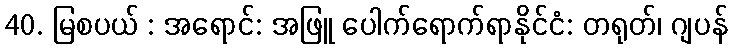
40. မြစပယ် : အရောင်: အဖြူ ပေါက်ရောက်ရာနိုင်ငံ: တရုတ်၊ ဂျပန်